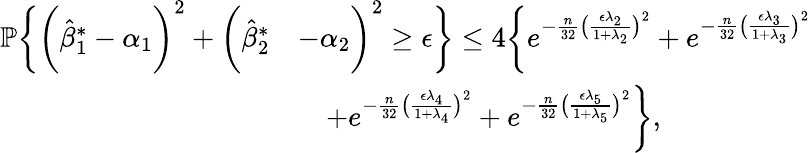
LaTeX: \begin{array}{rl}{\mathbb{P}\bigg\{ \bigg(\hat{\beta}_{1}^{*}-\alpha_{1}\bigg)^{2}+\bigg(\hat{\beta}_{2}^{*}}&{-\alpha_{2}\bigg)^{2}\geq\epsilon\bigg\} \leq 4\bigg\{ e^{-\frac{n}{32}\big(\frac{\epsilon\lambda_{2}}{1+\lambda_{2}}\big)^{2}}+e^{-\frac{n}{32}\big(\frac{\epsilon\lambda_{3}}{1+\lambda_{3}}\big)^{2}}}\\ &{\quad+e^{-\frac{n}{32}\big(\frac{\epsilon\lambda_{4}}{1+\lambda_{4}}\big)^{2}}+e^{-\frac{n}{32}\big(\frac{\epsilon\lambda_{5}}{1+\lambda_{5}}\big)^{2}}\bigg\} ,}\end{array}